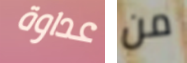
عداوة من